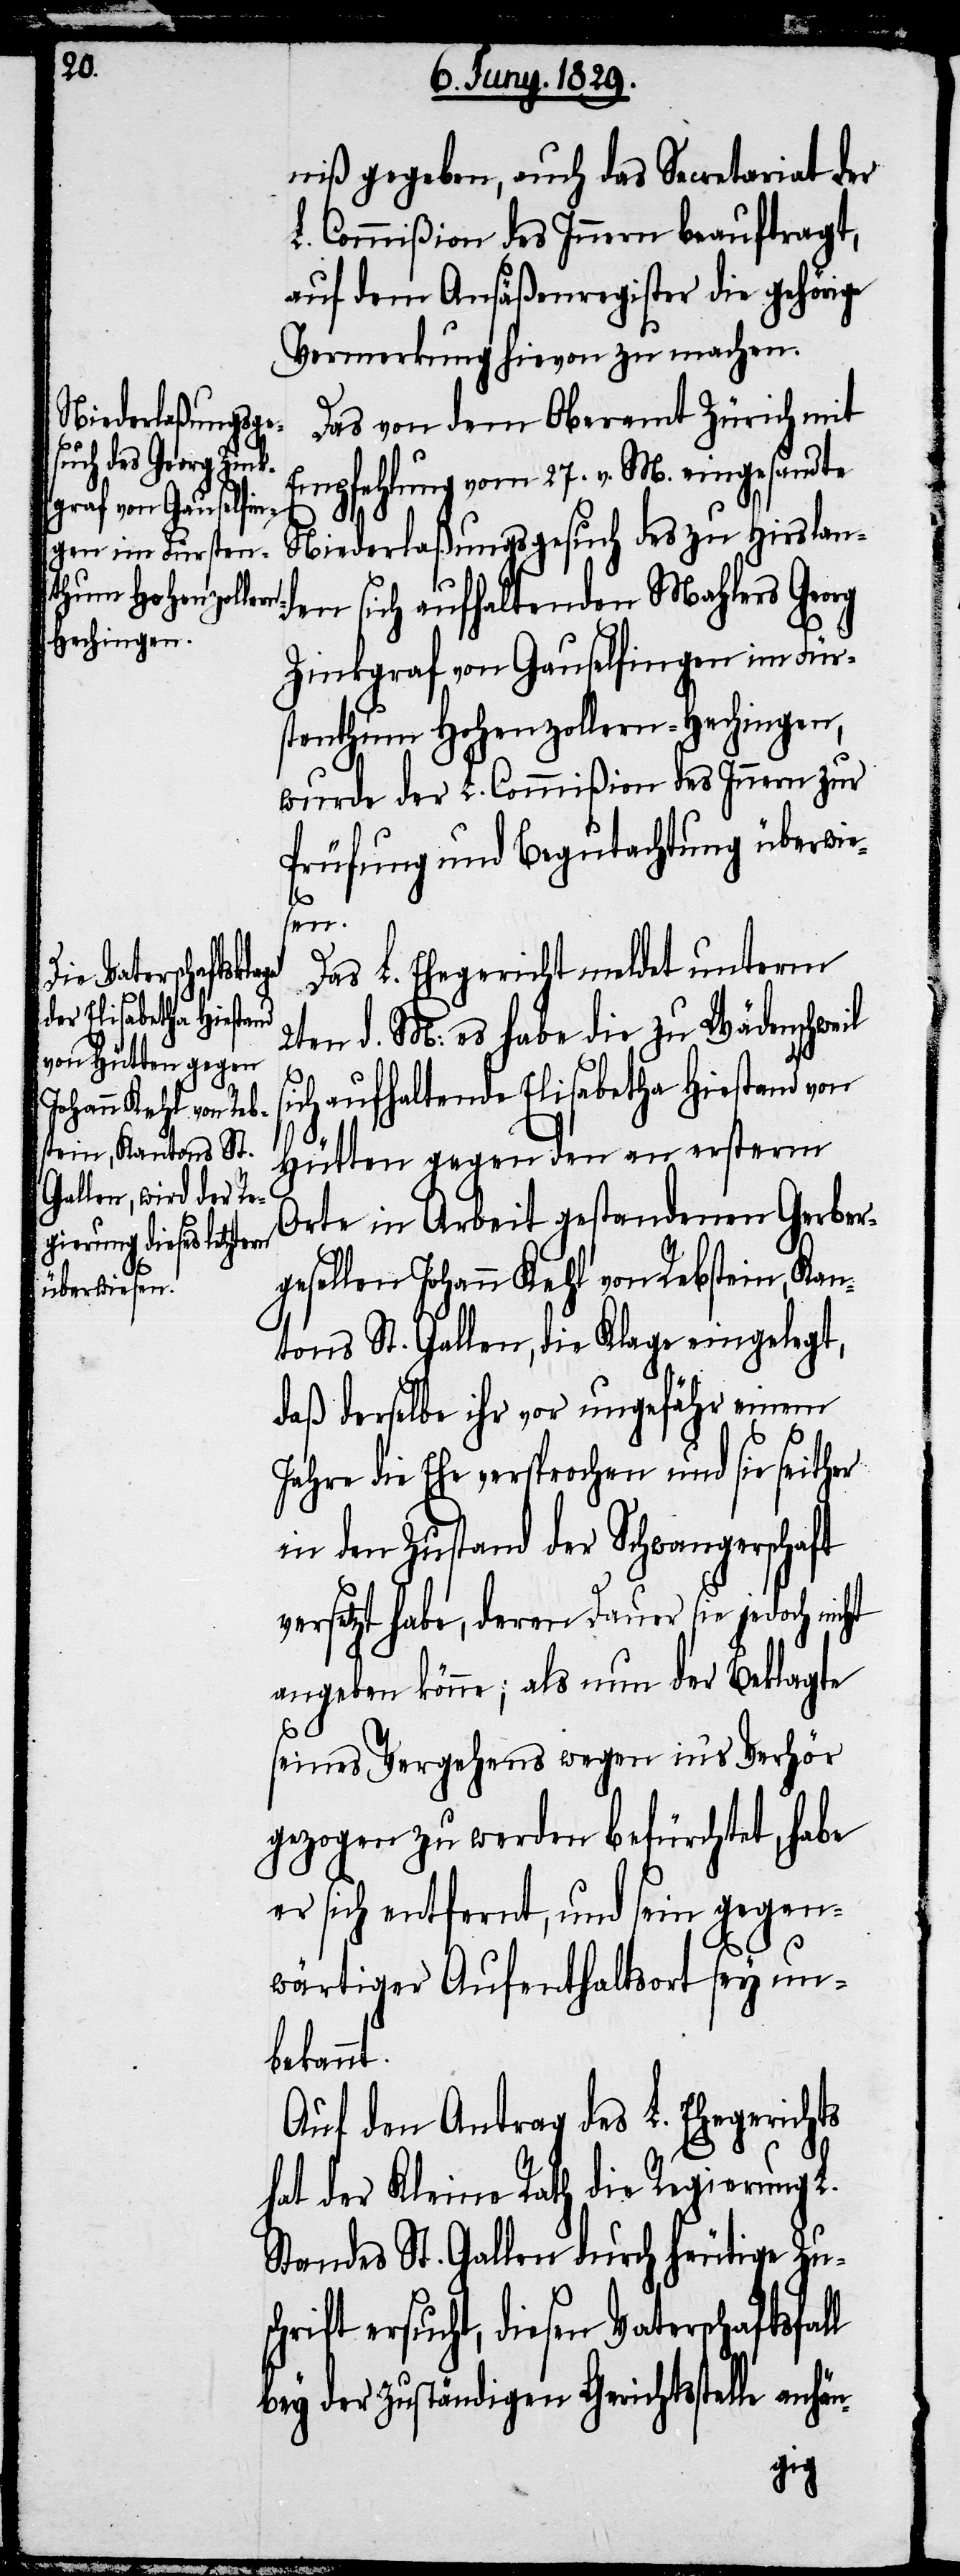
niß gegeben, auch das Secretariat der
L. Commißion des Innern beauftragt,
auf dem Ansäßenregister die gehörige
Vermerkung hievon zu machen.
Niederlaßungsge¬
Das von dem Oberamt Zürich mit
Empfehlung vom 27. v. M. eingesandte
zu Hirslanden sich aufhaltenden Mahlers Georg
Zinkgraf von Gauselfingen im Für¬
stenthum Hohenzollern-Hechingen,
wurde der L. Commißion des Innern zur
Prüfung und Begutachtung überwie¬
l
sen.
Das L. Ehegericht meldet unterm
2ten d. M: es habe die zu Wädenschweil
sich aufhaltende Elisabetha Hiestand von
Hütten gegen den an erstem
Orte in Arbeit gestandenen Gerber¬
gesellen Johanne Kehl von Rebstein, Kan¬
tons St. Gallen, die Klage eingelegt,
daß derselbe ihr vor ungefähr einem
Jahre die Ehe versprochen und sie seither
in den Zustand der Schwangerschaft
etzt habe, deren Dauer sie jedoch
angeben könne; als nun der Beklagte
seines Vergehens wegen in’s Verhör
gezogen zu werden befürchtet, habe
er sich entfernt, und sein gegen¬
wärtiger Aufenthaltsort sey un¬
bekannt.
Auf den Antrag des L. Ehegerichts
hat der Kleine Rath die Regierung L.
Standes St. Gallen durch heutige Zu¬
hrift ersucht, diesen Vaterschaftsfal¬
bey der zuständigen Gerichtsstelle anhän-